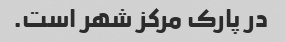
در پارک مرکز شهر است.